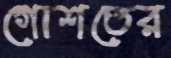
গোশতের